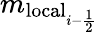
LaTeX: m_{\mathrm{local}_{i-\frac{1}{2}}}